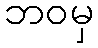
ဘဝမှ